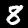
Label: 8